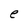
Character: e